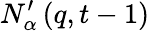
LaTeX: N_{\alpha}^{\prime}\left(q,t-1\right)